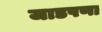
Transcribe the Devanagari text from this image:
जाडपणा